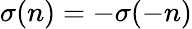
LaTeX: \sigma(n)=-\sigma(-n)